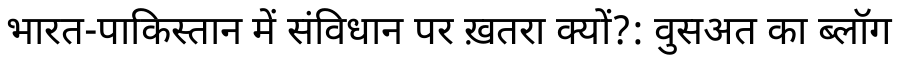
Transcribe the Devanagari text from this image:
भारत-पाकिस्तान में संविधान पर ख़तरा क्यों?: वुसअत का ब्लॉग